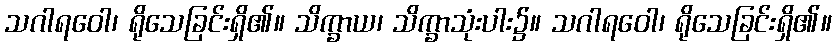
သဂါရဝေါ၊ ရိုသေခြင်းရှိ၏။ သိက္ခာယ၊ သိက္ခာသုံးပါး၌။ သဂါရဝေါ၊ ရိုသေခြင်းရှိ၏။